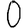
Digit: 0